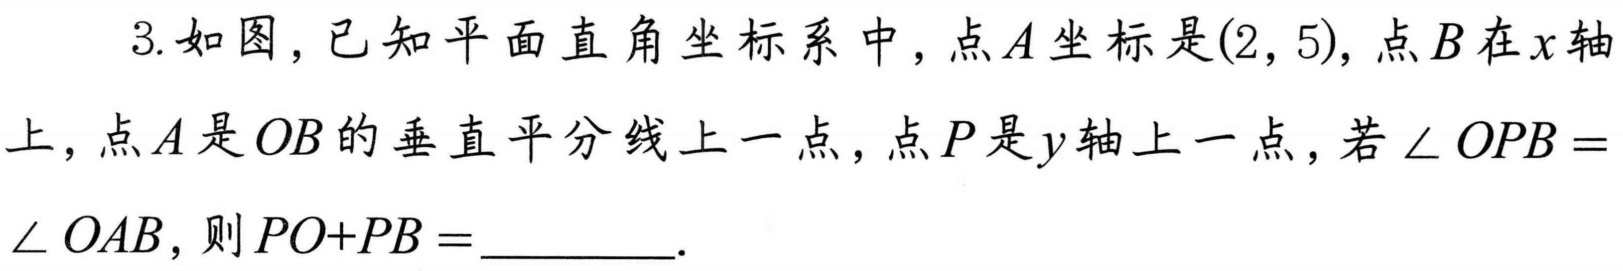
3.如图，已知平面直角坐标系中，点\(A\)坐标是\((2,5)\)，点\(B\)在\(x\)轴上，点\(A\)是\(OB\)的垂直平分线上一点，点\(P\)是\(y\)轴上一点，若\(\angle OPB = \angle OAB\)，则\(PO + PB=\) .